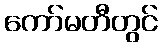
ကော်မတီတွင်